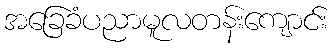
အခြေခံပညာမူလတန်းကျောင်း